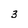
Character: 3